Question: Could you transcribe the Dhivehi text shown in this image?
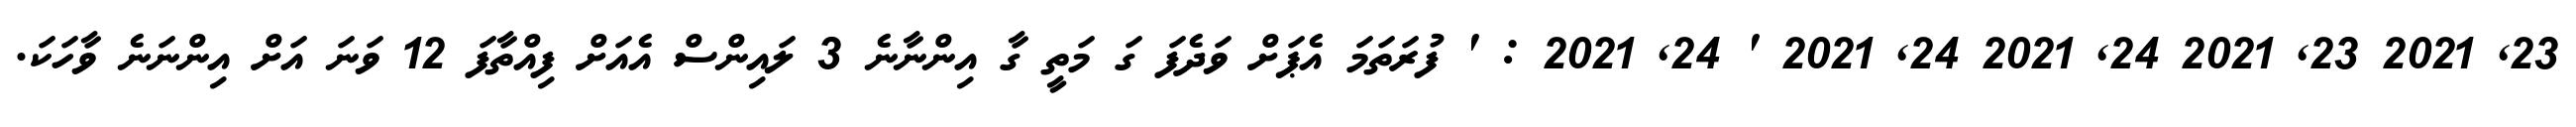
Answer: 23, 2021 23, 2021 24, 2021 24, 2021 ' 24, 2021 : ' ފުރަތަމަ އެޕަށް ވަދެފަ ގަ މަތީ ގާ އިންނާނެ 3 ލައިންސް އެއަށް ފިއްތާފަ 12 ވަނަ އަށް އިންނަނެ ވާހަކަ.